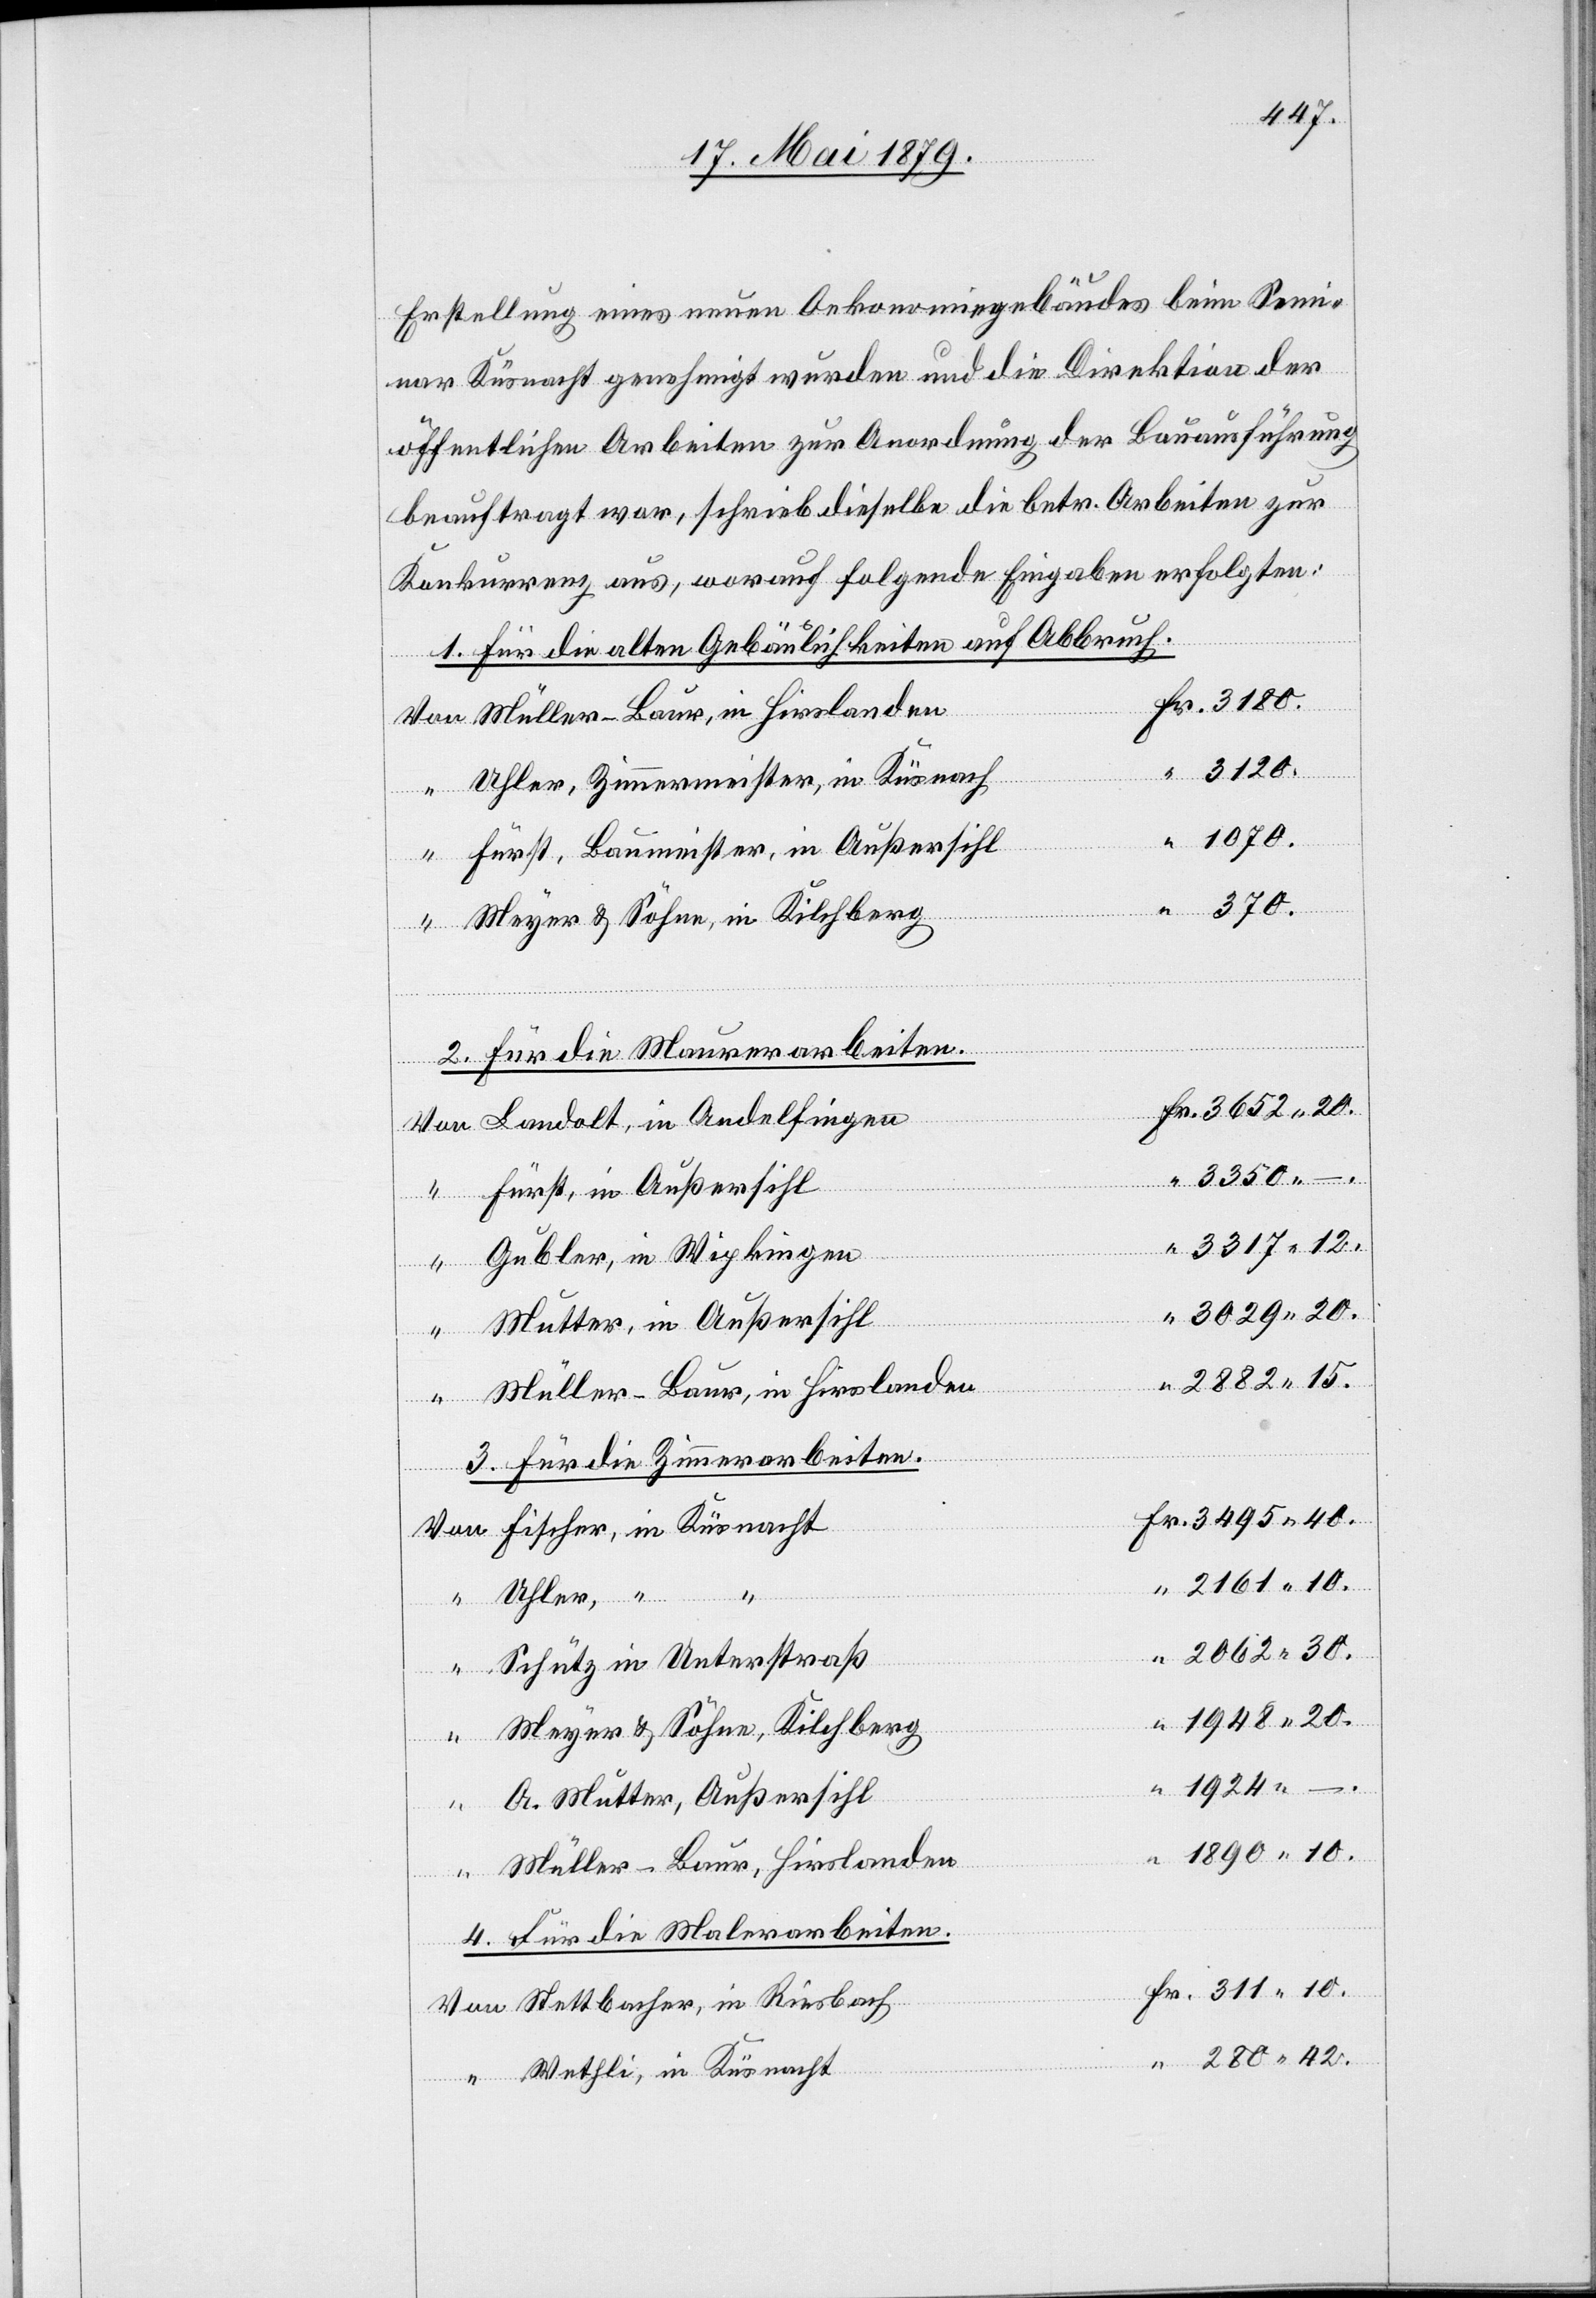
Von

Erstellung eines neuen Oekonomiegebäudes beim Semi¬
nar Küsnacht genehmigt wurden und die Direktion der
öffentlichen Arbeiten zur Anordnung der Bauausführung
beauftragt war, schrieb dieselbe die betr. Arbeiten zur
Konkurrenz aus, worauf folgende Eingaben erfolgten:
1. Für die alten Gebäulichkeiten auf Abbruch.
3120.
Uhler, Zimmermeister, in Küsnach[t]
Fürst, Baumeister, in Außersihl
.
Meyer & Söhne, in Kilchberg
2. Für die Maurerarbeiten.
Landolt, in Andelfingen
3350 –
Fürst, in Außersihl
3317 12.
Gubler, in Wipkingen
3029 20.
Mutter, in Außersihl
2882 15.
Müller-Baur, in Hirslanden
Fr.
3. Für die Zimmerarbeiten.
Fischer, in Küsnacht
2161 10.
10.
Uhler, “
42.
2062 30.
Schütz in Unterstraß
1948 20.
Meyer & Söhne, Kilchberg
A. Mutter, Außersihl
– .
1890 10.
Müller-Baur, Hirslanden
4. Für die Malerarbeiten.
Stettbacher, in Riesbach
Wethli, in Küsnacht